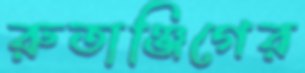
রুতাঞ্জিগের